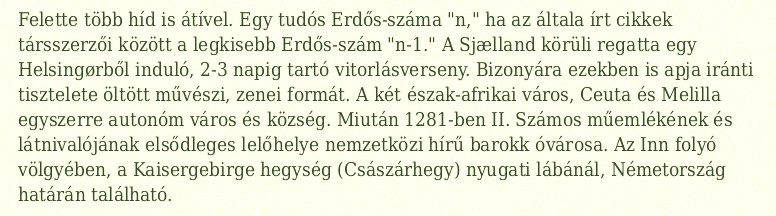
Felette több híd is átível. Egy tudós Erdős-száma "n," ha az általa írt cikkek társszerzői között a legkisebb Erdős-szám "n-1." A Sjælland körüli regatta egy Helsingørből induló, 2-3 napig tartó vitorlásverseny. Bizonyára ezekben is apja iránti tisztelete öltött művészi, zenei formát. A két észak-afrikai város, Ceuta és Melilla egyszerre autonóm város és község. Miután 1281-ben II. Számos műemlékének és látnivalójának elsődleges lelőhelye nemzetközi hírű barokk óvárosa. Az Inn folyó völgyében, a Kaisergebirge hegység (Császárhegy) nyugati lábánál, Németország határán található.